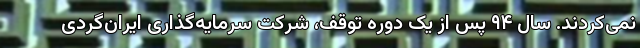
نمی‌کردند. سال ۹۴ پس از یک دوره توقف، شرکت سرمایه‌گذاری ایران‌گردی